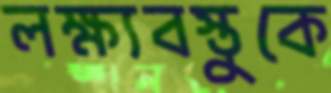
লক্ষ্যবস্তুকে